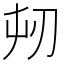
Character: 𭃔